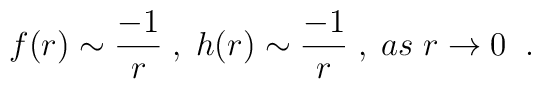
f(r)\sim\frac{-1}{r}\;,\;h(r)\sim\frac{-1}{r}\;,\;as\;r\rightarrow0 \;\;.